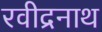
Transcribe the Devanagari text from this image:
रवीद्रनाथ